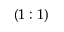
( 1 : 1 )